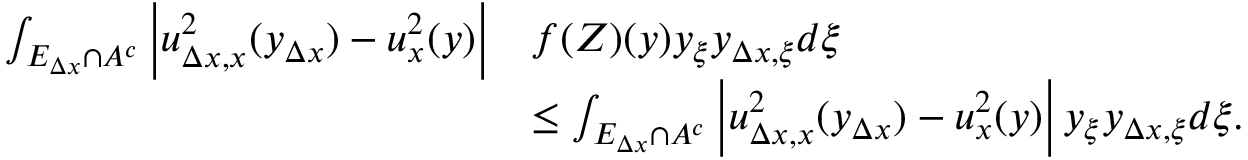
\begin{array} { r l } { \int _ { E _ { \Delta x } \cap A ^ { c } } \left| u _ { \Delta x , x } ^ { 2 } ( y _ { \Delta x } ) - u _ { x } ^ { 2 } ( y ) \right| } & { f ( Z ) ( y ) y _ { \xi } y _ { \Delta x , \xi } d \xi } \\ & { \leq \int _ { E _ { \Delta x } \cap A ^ { c } } \left| u _ { \Delta x , x } ^ { 2 } ( y _ { \Delta x } ) - u _ { x } ^ { 2 } ( y ) \right| y _ { \xi } y _ { \Delta x , \xi } d \xi . } \end{array}